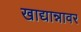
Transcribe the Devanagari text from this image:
खाद्यान्नावर